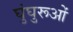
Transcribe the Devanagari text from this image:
घुंघुरूओं